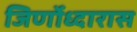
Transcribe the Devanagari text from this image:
जिर्णोध्दारास